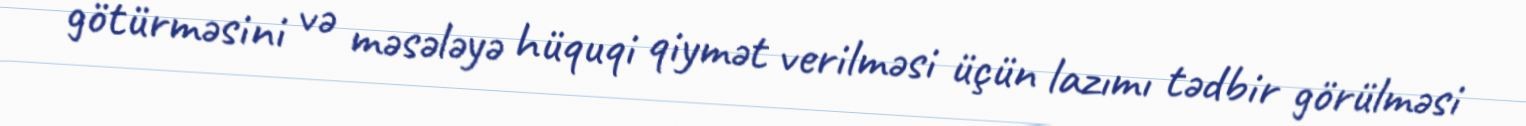
götürməsini və məsələyə hüquqi qiymət verilməsi üçün lazımı tədbir görülməsi